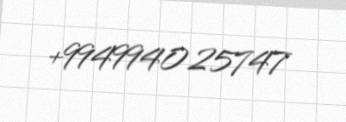
+994994025747